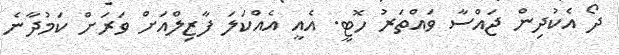
ދޯ އެކުދިން ޖައްސާ ވައްތަރު ހޮޓީ. އެއީ އެއްކަލަ ފާޒިލްއަށް ވަރަށް ކަމުދާނެ